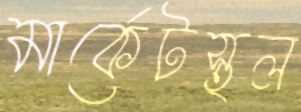
মার্কেটস্থল